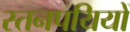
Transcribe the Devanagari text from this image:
स्तनपयियों